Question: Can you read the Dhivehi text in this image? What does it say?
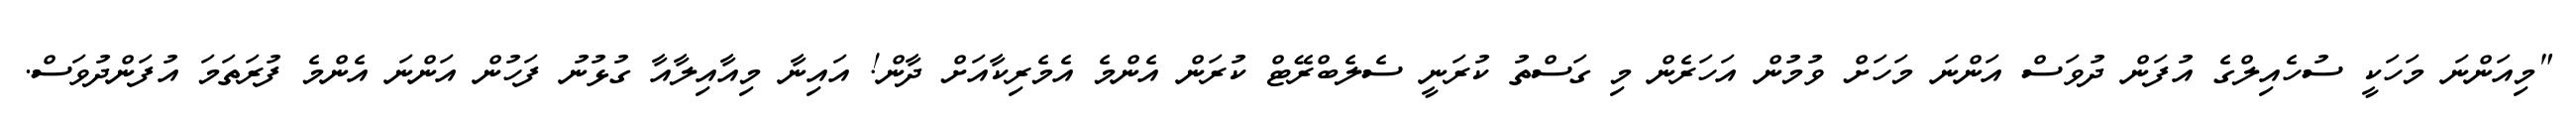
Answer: "މިއަންނަ މަހަކީ ސުހެއިލްގެ އުފަން ދުވަސް އަންނަ މަހަށް ވުމުން އަހަރެން މި ގަސްތު ކުރަނީ ސެލެބްރޭޓް ކުރަން އެންމެ އެމެރިކާއަށް ދާން! އައިނާ މިއާއިލާއާ ގުޅުނު ފަހުން އަންނަ އެންމެ ފުރަތަމަ އުފަންދުވަސް.